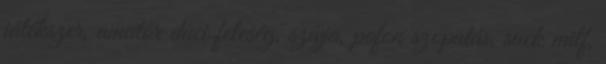
játékszer, amatőr duci feleség, szívja, pofon szopatás, suck milf,